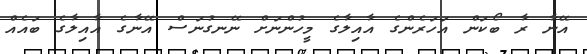
އޭނާ ރާ ބޯކަން އަހަރެންގެ އާއިލާގެ މީހުންނަށް ނޭނގުނަސް އޭނާގެ އާއިލާގެ ބައެއް